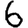
Digit: 6